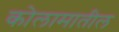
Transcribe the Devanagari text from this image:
कोलामातील